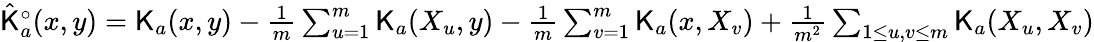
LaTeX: \begin{array}{r}{\hat{\mathsf K}_{a}^{\circ}(x,y)={\mathsf K}_{a}(x,y)-\frac{1}{m}\sum_{u=1}^{m}{\mathsf K}_{a}(X_{u},y)-\frac{1}{m}\sum_{v=1}^{m}{\mathsf K}_{a}(x,X_{v})+\frac{1}{m^{2}}\sum_{1\leq u,v\leq m}{\mathsf K}_{a}(X_{u},X_{v})}\end{array}